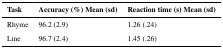
<table><thead><tr><td><b>Task</b></td><td><b>Accuracy (%) Mean (sd)</b></td><td><b>Reaction time (s) Mean (sd)</b></td></tr></thead><tbody><tr><td>Rhyme</td><td>96.2 (2.9)</td><td>1.26 (.24)</td></tr><tr><td>Line</td><td>96.7 (2.4)</td><td>1.45 (.26)</td></tr></tbody></table>